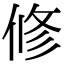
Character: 修